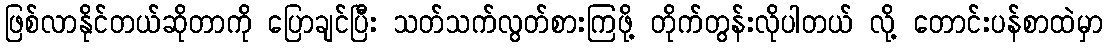
ဖြစ်လာနိုင်တယ်ဆိုတာကို ပြောချင်ပြီး သတ်သက်လွတ်စားကြဖို့ တိုက်တွန်းလိုပါတယ် လို့ တောင်းပန်စာထဲမှာ